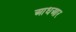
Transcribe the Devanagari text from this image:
आधआर